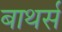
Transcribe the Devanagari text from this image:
बाथर्स